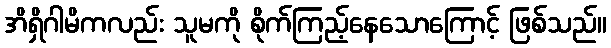
အိရှိဂါမိကလည်း သူမကို စိုက်ကြည့်နေသောကြောင့် ဖြစ်သည်။